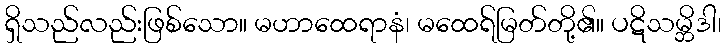
ရှိသည်လည်းဖြစ်သော။ မဟာထေရာနံ၊ မထေရ်မြတ်တို့၏။ ပဋိသမ္ဘိဒါ၊